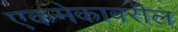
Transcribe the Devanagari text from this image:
एकमेकावरील